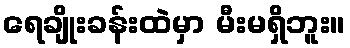
ရေချိုးခန်းထဲမှာ မီးမရှိဘူး။